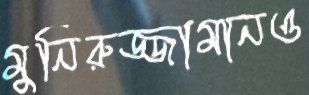
মুনিরুজ্জামানও